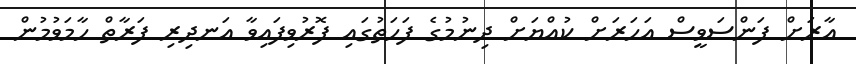
އާރަށް ފަންސަވީސް އަހަރަށް ކުއްޔަށް ދިނުމުގެ ފަހަތުގައި ފޮރުވިފައިވާ އަނދިރި ފަރާތް ހާމަވުމުން